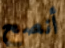
أنصح